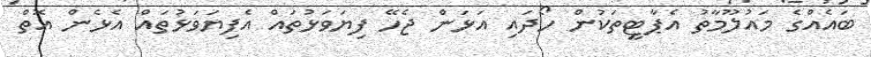
ބައެއްގެ މައުލޫމާތު އެޕާޓީތަކުން ހޯދައި އަޅަން ޖެހޭ ފިޔަވަޅުތައް އެފިޔަވަޅުތައް އެޅެން އޮތް